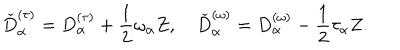
\check { D } _ { \alpha } ^ { ( \tau ) } = D _ { \alpha } ^ { ( \tau ) } + \frac { 1 } { 2 } \omega _ { \alpha } Z , \quad \check { D } _ { \alpha } ^ { ( \omega ) } = D _ { \alpha } ^ { ( \omega ) } - \frac { 1 } { 2 } \tau _ { \alpha } Z .